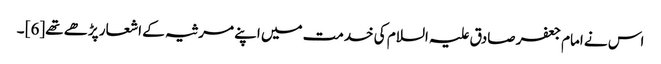
اس نے امام جعفر صادق علیہ السلام کی خدمت میں اپنے مرثیہ کے اشعار پڑھے تھے[6] ۔